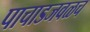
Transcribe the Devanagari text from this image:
पाचाडजवळच